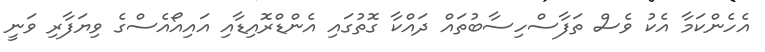
އެހެންކަމާ އެކު ވެސް ތަފާސްހިސާބުތައް ދައްކާ ގޮތުގައި އެންޑްރޮއިޑާއި އައިއޯއެސްގެ ވިޔަފާރި ވަނީ